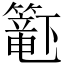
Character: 𬕹